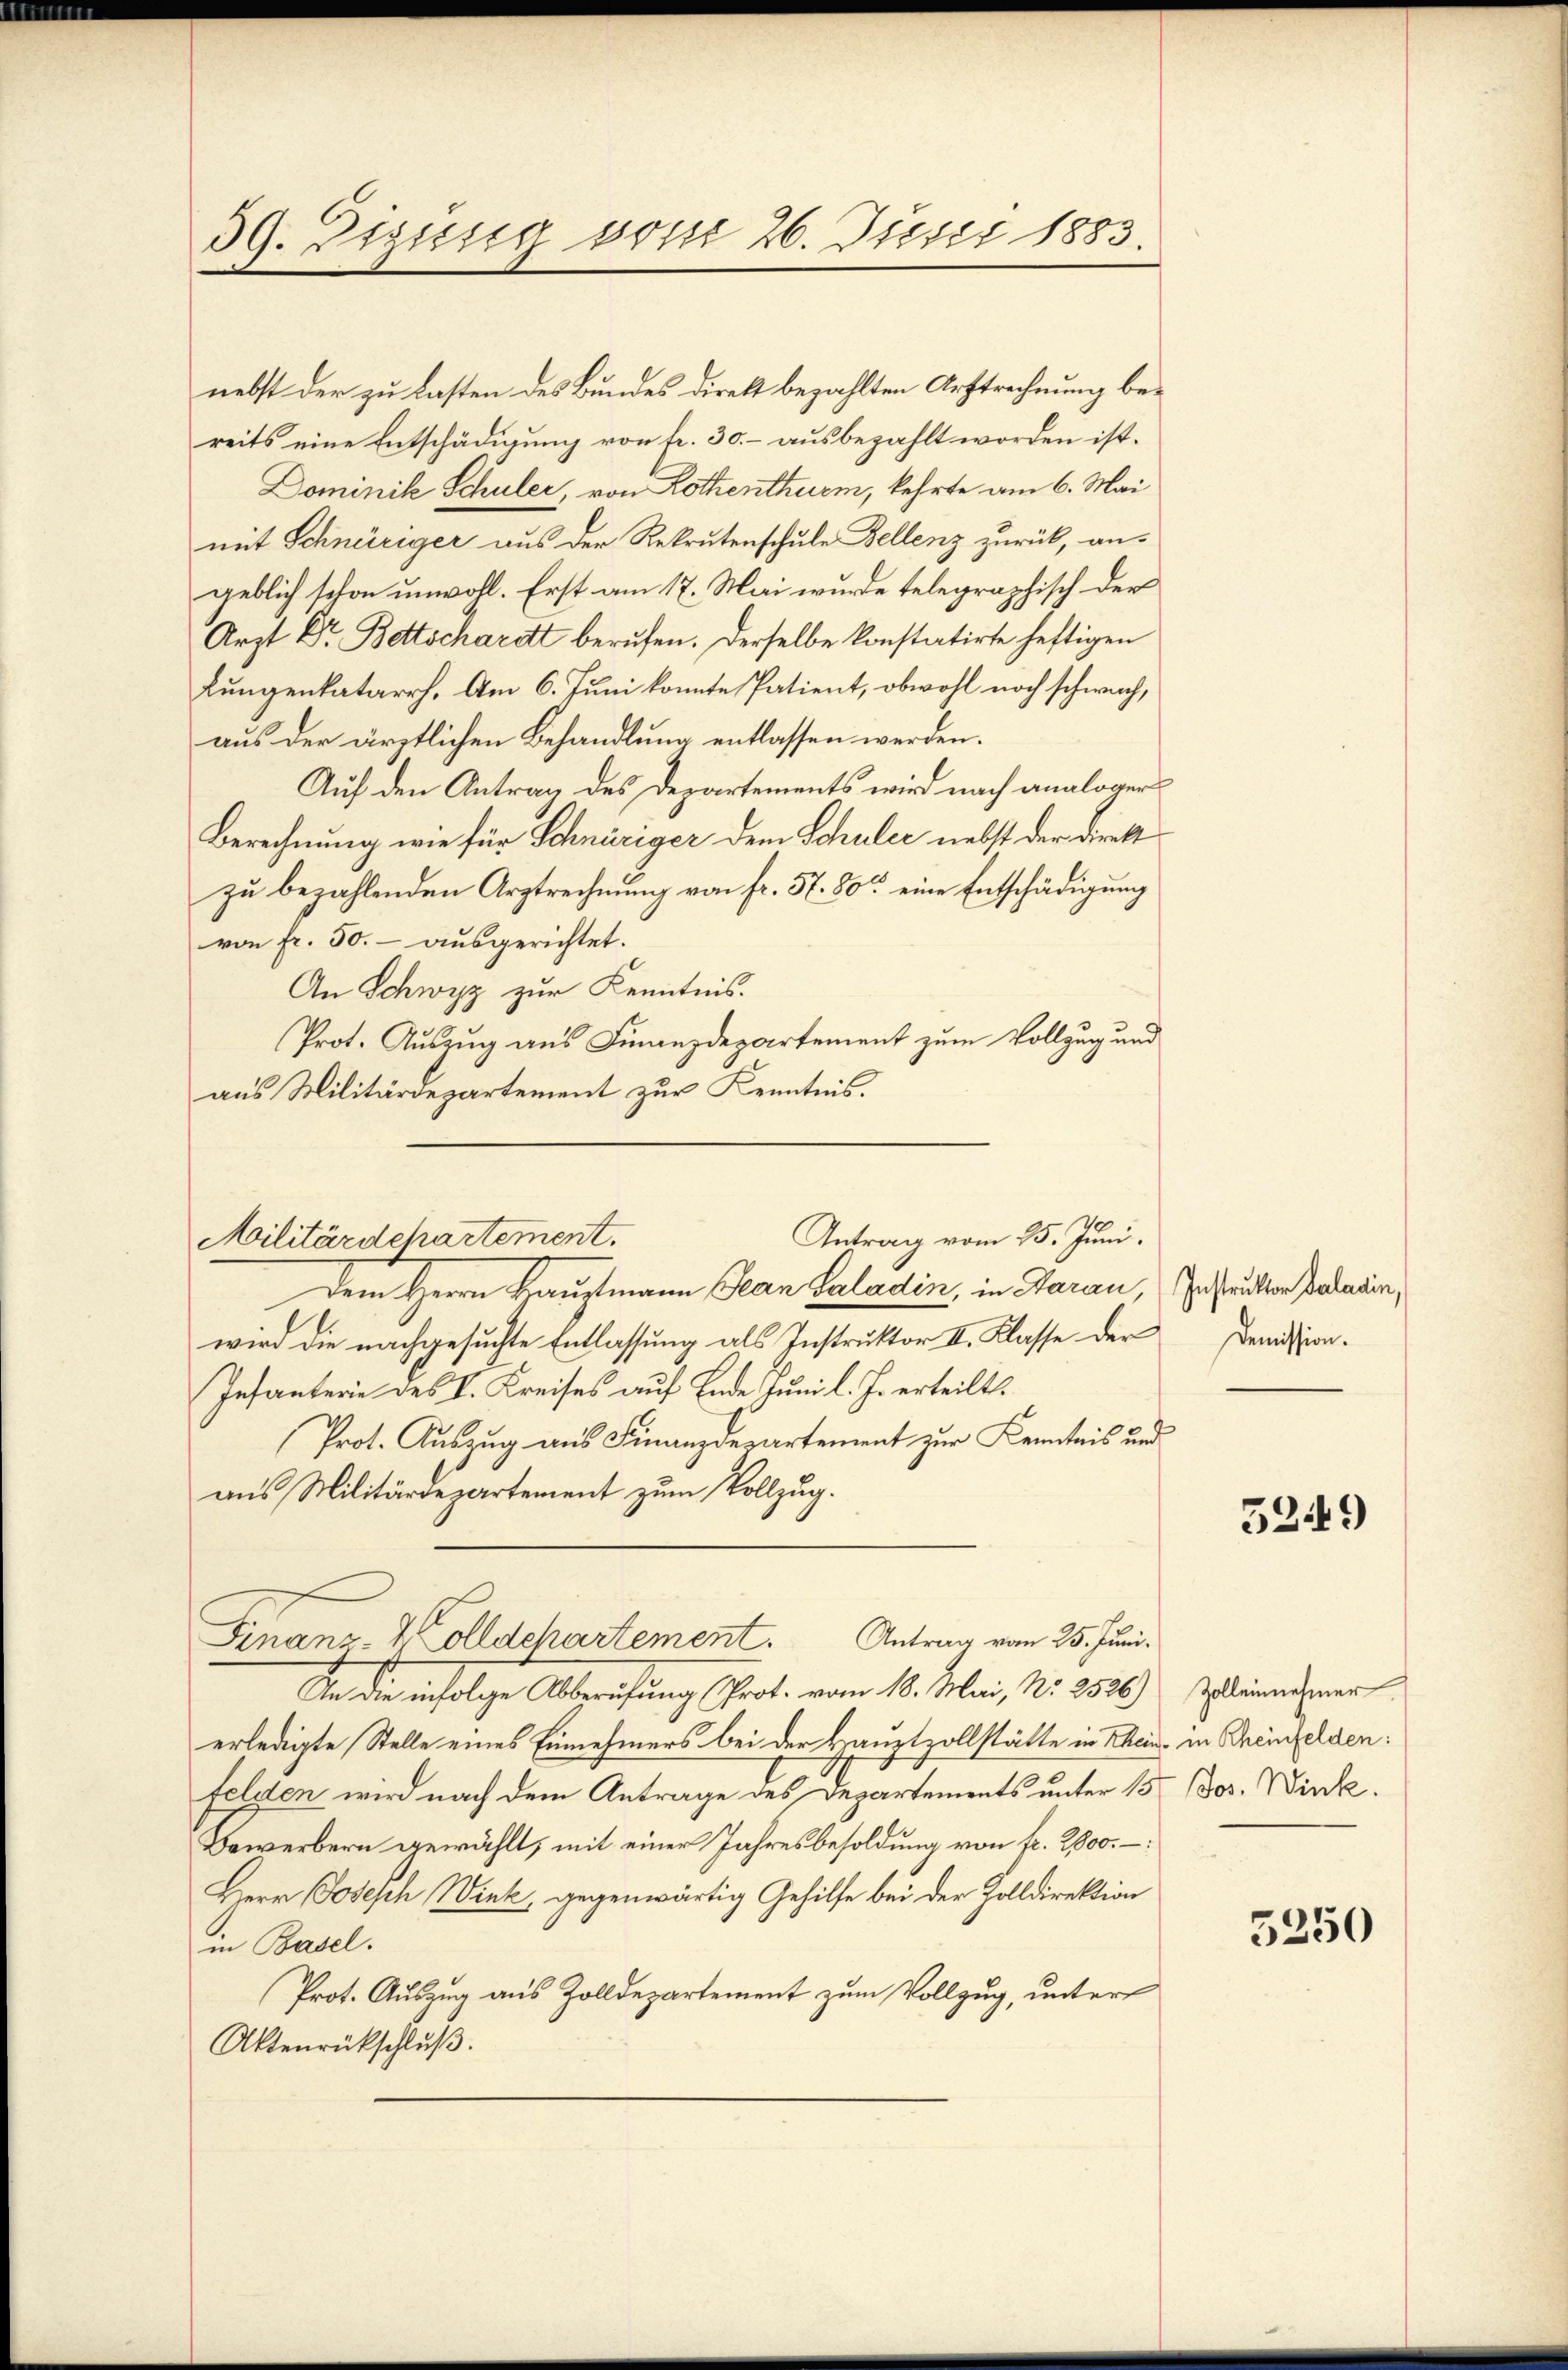
39. Digissig vom 26. Justi 1883.

Antrag vom 25. Juni.
Militärdepartement.

nebst der zu lasten des Bundes direkt bezahlten Arttrechnung bereits eine Entschädigung von fr. 30.- ausbezahlt worden ist.
Dominik Schuler, von Lothenthurm, kehrte am 6. Mai
mit Schnüriger aus der Rekrutenschule Bellenz zurück, angeblich schon unwohl. Erst am 17. Mai wurde telegraphisch der
Arzt Dr. Bettschardt berufen. Derselbe konstatirte heftigen
Lungenkatarrh. Am 6. Juni konnte Patient, obwohl noch schwachaus der ärztlichen Behandlung entlassen werden.
Auf den Antrag des Departements wird nach analoger
Berechnung wie für Schnüriger dem Schuler nebst der Direkt
zu bezahlenden Arztrechnung von fr. 57. 80 eine Entschädigung
von fr. 50.- ausgerichtet.
An Schwyz zur Kenntnis.
Prot. Auszug aus Finanzdepartement zum Vollzug und
aus Militärdepartement zur Kenntnis.
Dem Herrn Hauptmann Jean Caladin, in Saran, Instrukten Bedauer,
wird die nachgesuchte Entlassung als Instruktor II. Klasse der
Infanterie des I. Kreises auf Ende Juni l. J. erteilt.
Prot. Auszug aus Finanzdepartement zur Kenntnis und
aus Militärdepartement zum Vollzug.
Finanz-Colldchartement. Antrag vom 25. Juni.
Dan die infolge Aberufung Grat. vom 18. Mai, N. 252
erledigte Stelle eines Einnehmers bei der Hauptzollstätte in Thein in Schreinfelden:
felgen wird nach dem Antrage des Departements unter 15 Bos. Wirk
Bewerbern gewählt, mit einer Jahresbesoldung von fr. 2800. –
Herr Josesch Wink, gegenwärtig Gehilfe bei der Zolldirektion
in Basel.
Prot. Auszug aus Zolldepartement zum Vollzug, unter
Aktenrückschluß.

Demission.

5249

Zolleinnehmer.

5250